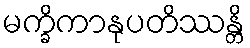
မက္ခိကာနုပတိဿန္တိ